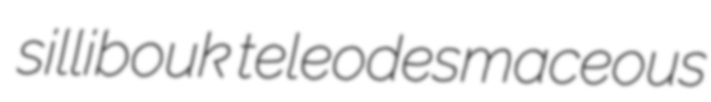
sillibouk teleodesmaceous